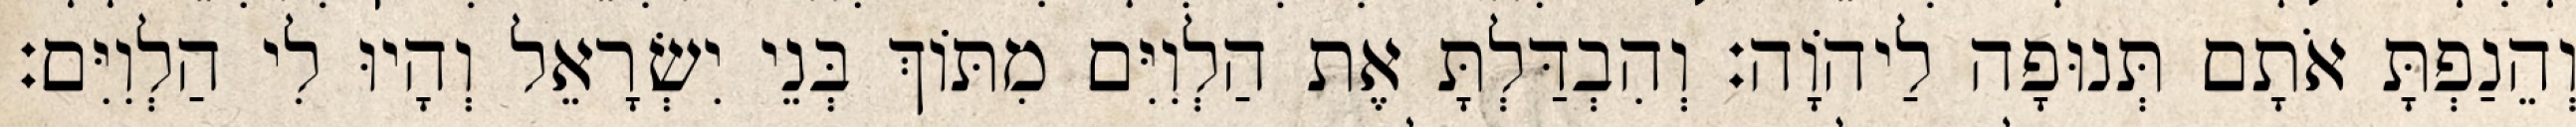
וְהֵנַפְתָּ אֹתָם תְּנוּפָה לַיהוָֹה׃ וְהִבְדַּלְתָּ אֶת הַלְוִיִּם מִתּוֹךְ בְּנֵי יִשְׂרָאֵל וְהָיוּ לִי הַלְוִיִּם׃